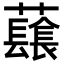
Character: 𧄂